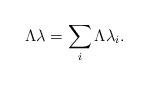
LaTeX: \begin{align*}\Lambda\lambda=\sum_i \Lambda \lambda_i.\end{align*}